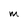
Character: M